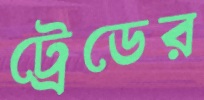
ট্রেডের